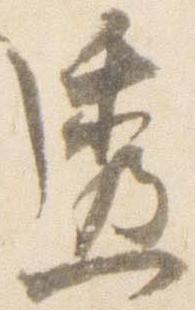
透